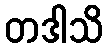
တဒါသိ